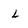
Character: L